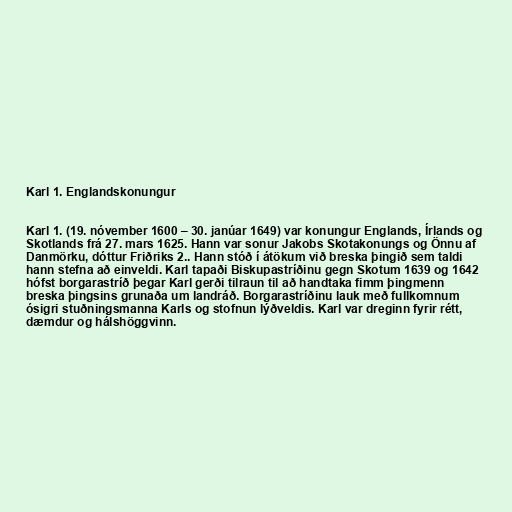
Karl 1. Englandskonungur

Karl 1. (19. nóvember 1600 – 30. janúar 1649) var konungur Englands, Írlands og
Skotlands frá 27. mars 1625. Hann var sonur Jakobs Skotakonungs og Önnu af
Danmörku, dóttur Friðriks 2.. Hann stóð í átökum við breska þingið sem taldi
hann stefna að einveldi. Karl tapaði Biskupastríðinu gegn Skotum 1639 og 1642
hófst borgarastríð þegar Karl gerði tilraun til að handtaka fimm þingmenn
breska þingsins grunaða um landráð. Borgarastríðinu lauk með fullkomnum
ósigri stuðningsmanna Karls og stofnun lýðveldis. Karl var dreginn fyrir rétt,
dæmdur og hálshöggvinn.